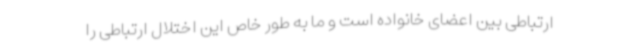
ارتباطی بین اعضای خانواده است و ما به طور خاص این اختلال ارتباطی را